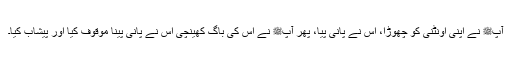
آپﷺ نے اپنی اونٹنی کو چھوڑا، اس نے پانی پیا، پھر آپﷺ نے اس کی باگ کھینچی اس نے پانی پینا موقوف کیا اور پیشاب کیا۔